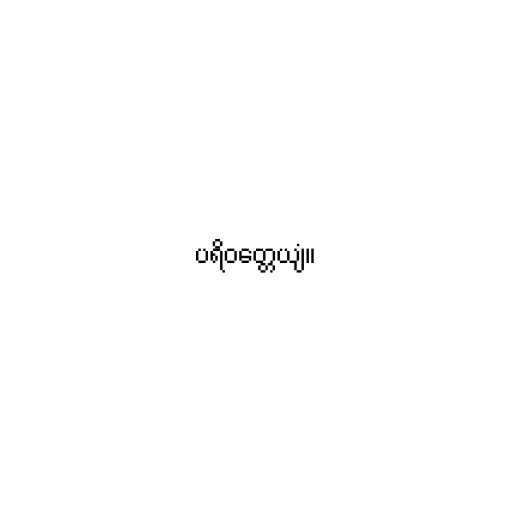
ပရိဝတ္တေယျံ။